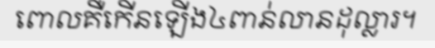
ពោលគឺកើនឡើង៤ពាន់លានដុល្លារ។